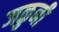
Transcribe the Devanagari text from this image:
जळुनी